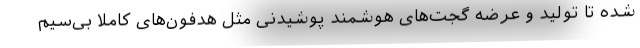
شده تا تولید و عرضه گجت‌های هوشمند پوشیدنی مثل هدفون‌های کاملا بی‌سیم